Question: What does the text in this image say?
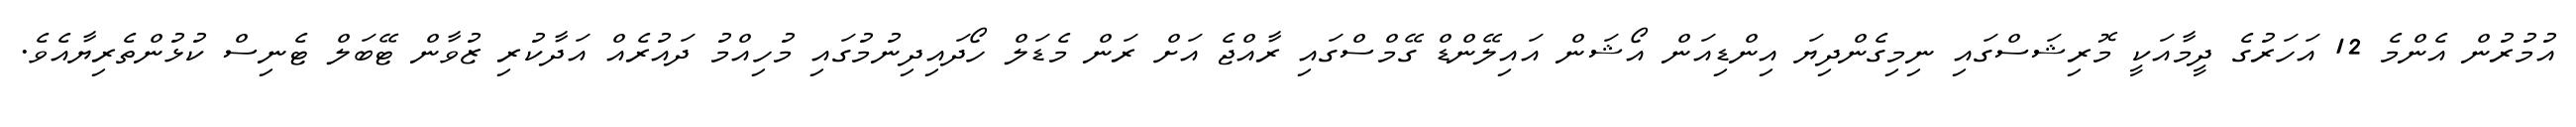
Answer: އުމުރުން އެންމެ 12 އަހަރުގެ ދީމާއަކީ މޮރިޝަސްގައި ނިމިގެންދިޔަ އިންޑިއަން އޯޝަން އައިލޭންޑް ގޭމްސްގައި ރާއްޖެ އަށް ރަން މެޑަލް ހޯދައިދިނުމުގައި މުހިއްމު ދައުރެއް އަދާކުރި ޒުވާން ޓޭބަލް ޓެނިސް ކުޅުންތެރިޔާއެވެ.